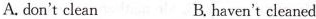
A.don't clean B.haven't cleaned